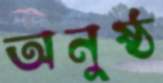
অনুষ্ঠ